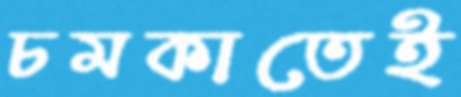
চমকাতেই